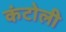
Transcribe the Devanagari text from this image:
कंटोली